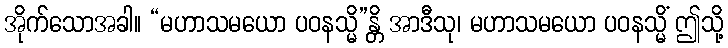
အိုက်သောအခါ။ “မဟာသမယော ပဝနသ္မိ”န္တိ အာဒီသု၊ မဟာသမယော ပဝနသ္မိံ ဤသို့